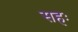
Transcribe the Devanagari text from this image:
सहः